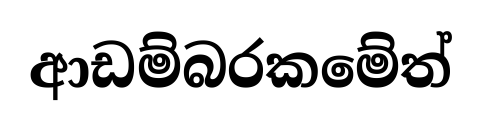
ආඩම්බරකමේත්